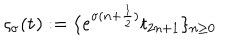
LaTeX: \varsigma _ { \sigma } ( { \bf t } ) : = \{ e ^ { \sigma ( n + \frac { 1 } { 2 } ) } t _ { 2 n + 1 } \} _ { n \geq 0 }